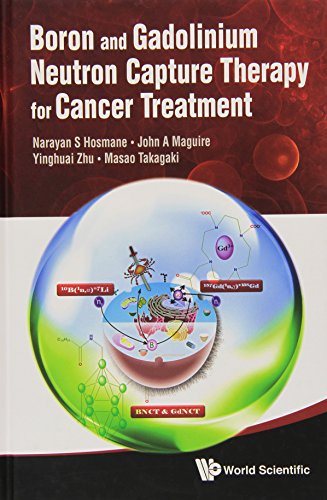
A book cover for Boron And Gadolinium Neutron Capture Therapy For Cancer Treatment; Narayan S. Hosmane; Science & Math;